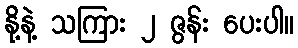
နို့နဲ့ သကြား ၂ ဇွန်း ပေးပါ။